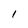
Character: 1